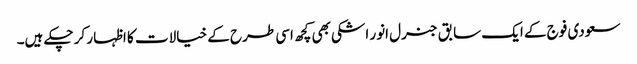
سعودی فوج کے ایک سابق جنرل انور اشکی بھی کچھ اسی طرح کے خیالات کا اظہار کر چکے ہیں۔